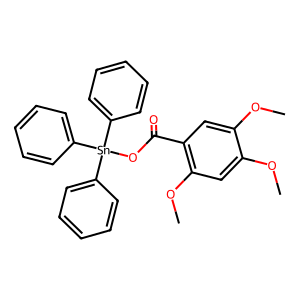
SMILES: COc1cc(OC)c(C(=O)O[Sn](c2ccccc2)(c2ccccc2)c2ccccc2)cc1OC
Inhibits HIV replication: No